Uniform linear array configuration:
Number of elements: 16
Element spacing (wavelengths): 0.75
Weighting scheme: binomial
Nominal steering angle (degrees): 60
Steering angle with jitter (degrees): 61.948
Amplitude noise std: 0.05
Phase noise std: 0.05

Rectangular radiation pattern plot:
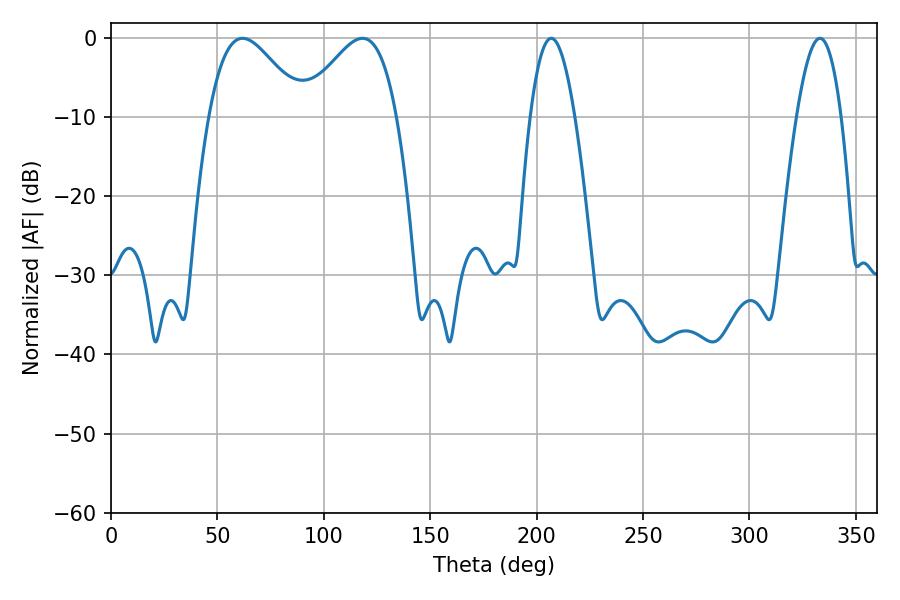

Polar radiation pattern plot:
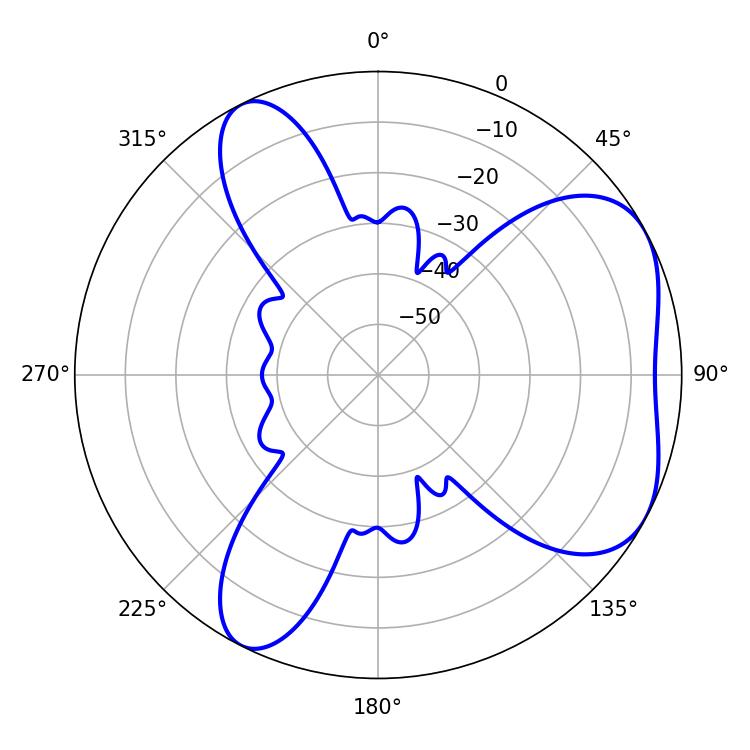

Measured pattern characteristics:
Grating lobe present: TRUE
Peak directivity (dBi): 5.078
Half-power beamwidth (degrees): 11.52
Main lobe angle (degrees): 206.82